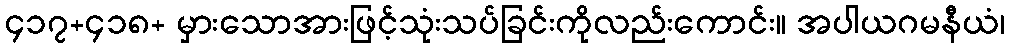
၄၁၇+၄၁၈+ မှားသောအားဖြင့်သုံးသပ်ခြင်းကိုလည်းကောင်း။ အပါယဂမနီယံ၊